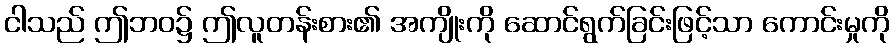
ငါသည် ဤဘဝ၌ ဤလူတန်းစား၏ အကျိုးကို ဆောင်ရွက်ခြင်းဖြင့်သာ ကောင်းမှုကို